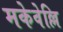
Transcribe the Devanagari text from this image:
मकेवेल्लि